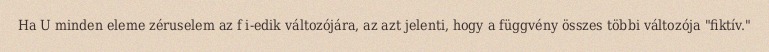
Ha U minden eleme zéruselem az f i-edik változójára, az azt jelenti, hogy a függvény összes többi változója "fiktív."